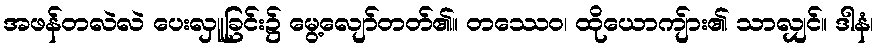
အဖန်တလဲလဲ ပေးလှူခြင်း၌ မွေ့လျော်တတ်၏။ တဿေဝ၊ ထိုယောကျ်ား၏ သာလျှင်။ ဒါနံ၊